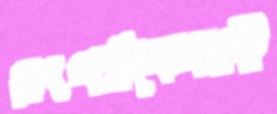
সংগঠকেরাই